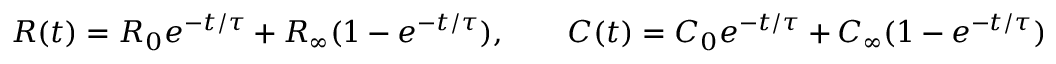
R ( t ) = R _ { 0 } e ^ { - t / \tau } + R _ { \infty } ( 1 - e ^ { - t / \tau } ) , \qquad C ( t ) = C _ { 0 } e ^ { - t / \tau } + C _ { \infty } ( 1 - e ^ { - t / \tau } )